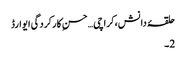
حلقۂ دانش،کراچی…حسنِ کارکردگی ایوارڈ
2۔